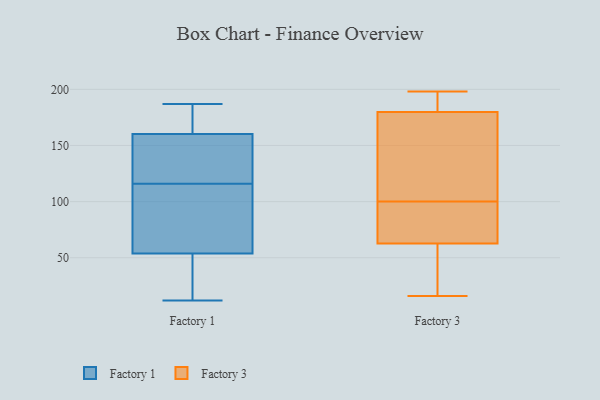
{"axis": {"x": "Inventory Turnover", "y": "Value"}, "legend": ["Factory 1", "Factory 3"], "data": [{"x": "", "y": 140, "type": "Factory 1"}, {"x": "", "y": 161, "type": "Factory 1"}, {"x": "", "y": 183, "type": "Factory 1"}, {"x": "", "y": 62, "type": "Factory 1"}, {"x": "", "y": 59, "type": "Factory 1"}, {"x": "", "y": 127, "type": "Factory 1"}, {"x": "", "y": 111, "type": "Factory 1"}, {"x": "", "y": 52, "type": "Factory 1"}, {"x": "", "y": 116, "type": "Factory 1"}, {"x": "", "y": 187, "type": "Factory 1"}, {"x": "", "y": 36, "type": "Factory 1"}, {"x": "", "y": 31, "type": "Factory 1"}, {"x": "", "y": 185, "type": "Factory 1"}, {"x": "", "y": 12, "type": "Factory 1"}, {"x": "", "y": 158, "type": "Factory 1"}, {"x": "", "y": 86, "type": "Factory 3"}, {"x": "", "y": 60, "type": "Factory 3"}, {"x": "", "y": 185, "type": "Factory 3"}, {"x": "", "y": 198, "type": "Factory 3"}, {"x": "", "y": 107, "type": "Factory 3"}, {"x": "", "y": 100, "type": "Factory 3"}, {"x": "", "y": 164, "type": "Factory 3"}, {"x": "", "y": 71, "type": "Factory 3"}, {"x": "", "y": 82, "type": "Factory 3"}, {"x": "", "y": 16, "type": "Factory 3"}, {"x": "", "y": 191, "type": "Factory 3"}, {"x": "", "y": 49, "type": "Factory 3"}, {"x": "", "y": 195, "type": "Factory 3"}, {"x": "", "y": 137, "type": "Factory 3"}, {"x": "", "y": 20, "type": "Factory 3"}]}